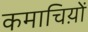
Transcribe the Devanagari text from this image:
कमाचिय़ों